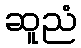
ဆူညံ